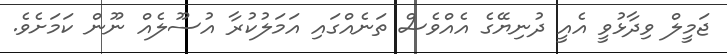
ޖަމީލް ވިދާޅުވީ އެއީ ދުނިޔޭގެ އެއްވެސް ތަނެއްގައި އަމަލުކުރާ އުސޫލެއް ނޫން ކަމަށެވެ.